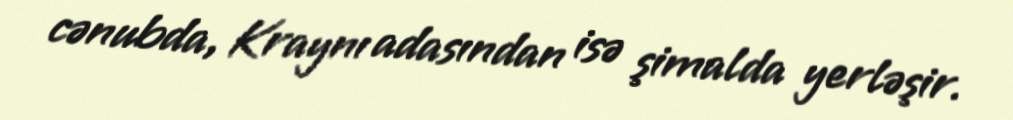
cənubda, Kraynı adasından isə şimalda yerləşir.